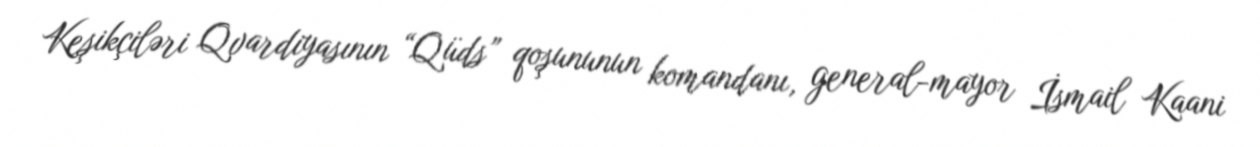
Keşikçiləri Qvardiyasının “Qüds” qoşununun komandanı, general-mayor İsmail Kaani